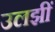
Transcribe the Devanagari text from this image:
उलझीं